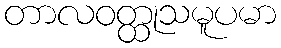
တာလဝတ္ထုသမူပမာ